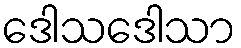
ဒေါသဒေါသာ